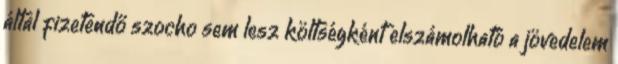
által fizetendő szocho sem lesz költségként elszámolható a jövedelem